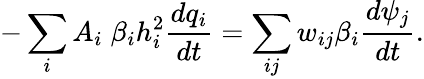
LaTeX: -\sum_{i}A_{i}\; \beta_{i}h_{i}^{2}\frac{dq_{i}}{dt}=\sum_{ij}w_{ij}\beta_{i}\frac{d\psi_{j}}{dt}.